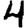
Digit: 4